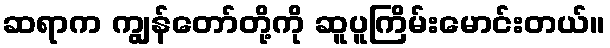
ဆရာက ကျွန်တော်တို့ကို ဆူပူကြိမ်းမောင်းတယ်။